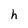
Character: h